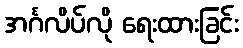
အင်္ဂလိပ်လို ရေးထားခြင်း